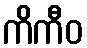
ကိကီဝ